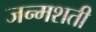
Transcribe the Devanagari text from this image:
जन्‍मशती